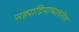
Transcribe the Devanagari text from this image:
सह्याद्रिमाथ्यावरील